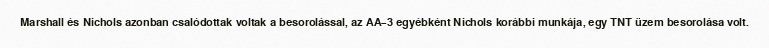
Marshall és Nichols azonban csalódottak voltak a besorolással, az AA–3 egyébként Nichols korábbi munkája, egy TNT üzem besorolása volt.